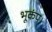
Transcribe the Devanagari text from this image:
भूकंप।